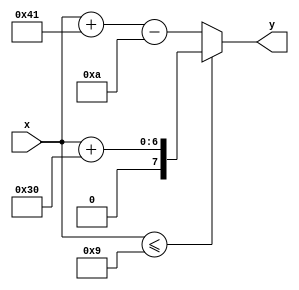
module order_no_decoder (
	input [5:0] x,
	output reg [7:0] y
);

always @* begin
	if (x<=9)
		y = x + 48; // base of zero
	else
		y = x + 65 - 10; // base of A
end

endmodule